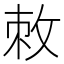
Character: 敇